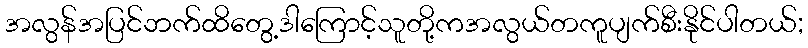
အလွန်အပြင်ဘက်ထိတွေ့ဒါကြောင့်သူတို့ကအလွယ်တကူပျက်စီးနိုင်ပါတယ်;